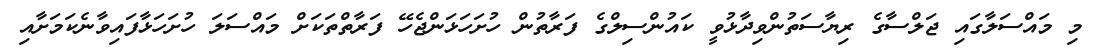
މި މައްސަލާގައި ޖަލްސާގެ ރިޔާސަތުންވިދާޅުވީ ކައުންސިލްގެ ފަރާތުން ހުށަހަޅަންޖެހޭ ފަރާތްތަކަށް މައްސަލަ ހުށަހަޅާފައިވާނެކަމަށާއި